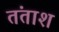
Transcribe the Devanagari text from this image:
तंताश